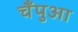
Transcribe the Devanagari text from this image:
चँपुआ